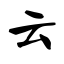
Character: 云